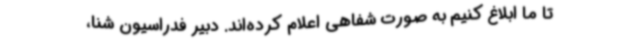
تا ما ابلاغ کنیم به صورت شفاهی اعلام کرده‌اند. دبیر فدراسیون شنا،